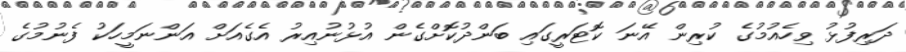
ދަރިފުޅު ވިހެއުމުގެ ކުރިން އޭނަ ކޮޓަރީގައި ބަންދުކޮށްގެން އުޅުނުއިރު އެގެއަށް އަންނަމީހަކު ފެނުމުގެ